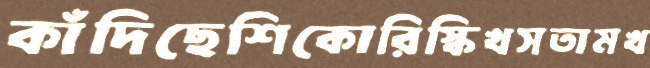
কাঁদিছেশিকোরিস্কিখসতামখ